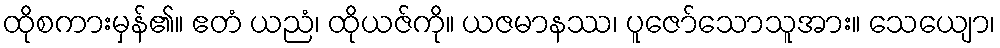
ထိုစကားမှန်၏။ ဧတံ ယညံ၊ ထိုယဇ်ကို။ ယဇမာနဿ၊ ပူဇော်သောသူအား။ သေယျော၊